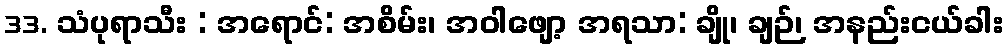
33. သံပုရာသီး : အရောင်: အစိမ်း၊ အဝါဖျော့ အရသာ: ချို၊ ချဉ်၊ အနည်းငယ်ခါး